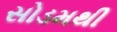
સોડમથી